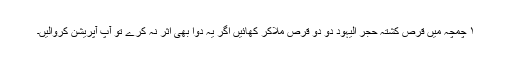
۱ چمچہ میں قرص کشتہ حجر الیہود دو دو قرص ملاکر کھائیں اگر یہ دوا بھی اثر نہ کرے تو آپ آپریشن کروالیں۔